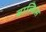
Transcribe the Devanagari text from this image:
बाल्मिस